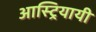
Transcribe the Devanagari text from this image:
आस्ट्रियायी